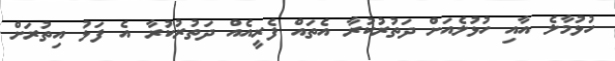
ހުޅުމާލެ އާއި ހުޅުލެއަށް ދަތުރުކުރާ އެތައް ފެރީއެއް ދަތުރުކުރާ އެ ފަޅު އިތުރަށް